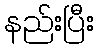
နည်းပြီး